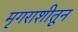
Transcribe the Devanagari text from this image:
मृगराशीतून